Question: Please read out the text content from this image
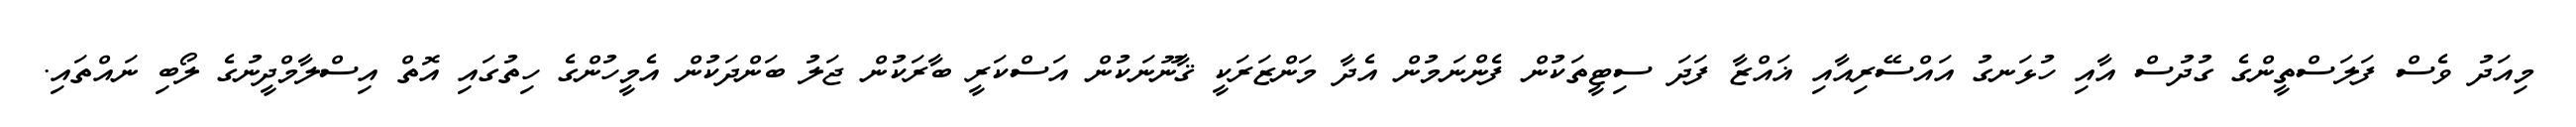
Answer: މިއަދު ވެސް ފަލަސްތީންގެ ގުދުސް އާއި ހުޅަނގު އައްސޭރިއާއި ޣައްޒާ ފަދަ ސިޓީތަކުން ފެންނަމުން އެދާ މަންޒަރަކީ ޤާނޫނަކުން އަސްކަރީ ބާރަކުން ޖަލު ބަންދަކުން އެމީހުންގެ ހިތުގައި އޮތް އިސްލާމްދީނުގެ ލޯބި ނައްތައި.